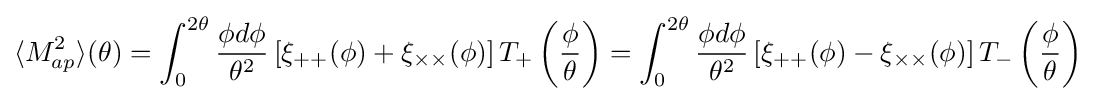
\langle M_{ap}^{2}\rangle (\theta )=\int _{0}^{2\theta }{\frac {\phi d\phi }{\theta ^{2}}}\left[\xi _{++}(\phi )+\xi _{\times \times }(\phi )\right]T_{+}\left({\frac {\phi }{\theta }}\right)=\int _{0}^{2\theta }{\frac {\phi d\phi }{\theta ^{2}}}\left[\xi _{++}(\phi )-\xi _{\times \times }(\phi )\right]T_{-}\left({\frac {\phi }{\theta }}\right)